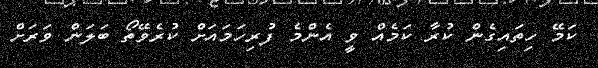
ކަމޭ ހިތައިގެން ކުރާ ކަމެއް ވީ އެންމެ ފުރިހަމައަށް ކުރެވޭތޯ ބަލަން ވަރަށް